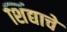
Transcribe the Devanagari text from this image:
शिंद्याचे